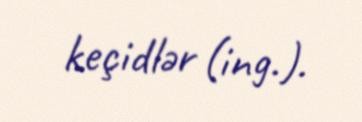
keçidlər (ing.).